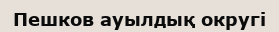
Пешков ауылдық округі